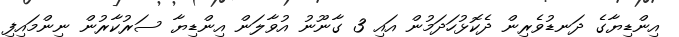
އިންޑިޔާގެ ދަނޑުވެރިން ދެކޮޅުހަދަމުން އައި 3 ގާނޫނު އުވާލަން އިންޑިޔާ ސަރުކާރުން ނިންމައިފި